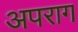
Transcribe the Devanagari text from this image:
अपराग